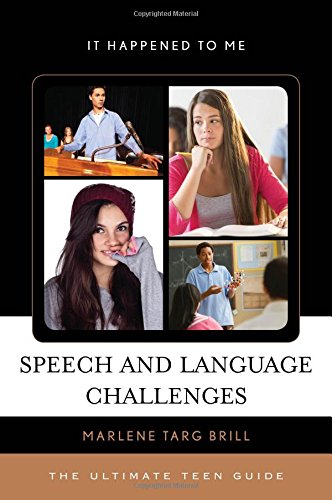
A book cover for Speech and Language Challenges: The Ultimate Teen Guide (It Happened to Me); Marlene Targ Brill; Health, Fitness & Dieting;